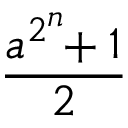
\frac { a ^ { 2 ^ { n } } \! \! + 1 } { 2 }